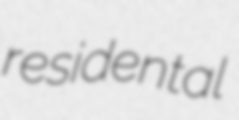
residental